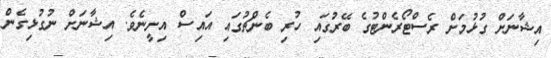
އިޝާނަށް ގުޅުމަށް ރެސްޓޯރެންޓުގެ ބޭރުގައި ހުރި ބެންޗުގައި އައިސް އިށީނެވެ. އިޝާނަށް ނުގުޅިގެން